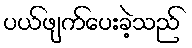
ပယ်ဖျက်ပေးခဲ့သည်